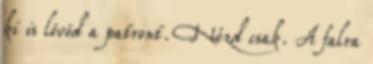
ki is lövöd a patront. Nézd csak. A falra